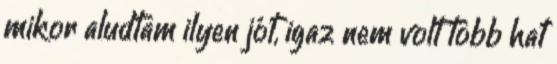
mikor aludtam ilyen jót, igaz nem volt több hat